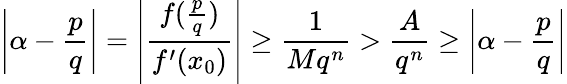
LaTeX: \left|\alpha-{\frac{p}{q}}\right|=\left|{\frac{f({\frac{p}{q}})}{f^{\prime}(x_{0})}}\right|\geq{\frac{1}{Mq^{n}}}>{\frac{A}{q^{n}}}\geq\left|\alpha-{\frac{p}{q}}\right|